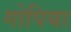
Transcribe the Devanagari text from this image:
गोपिया